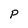
Character: p